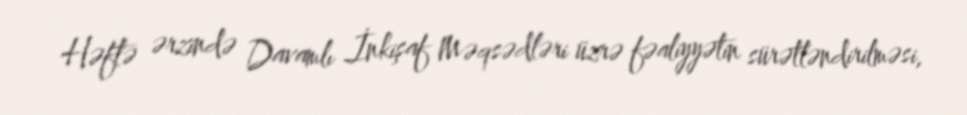
Həftə ərzində Davamlı İnkişaf Məqsədləri üzrə fəaliyyətin sürətləndirilməsi,